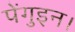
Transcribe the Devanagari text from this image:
पेंगुइन।